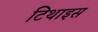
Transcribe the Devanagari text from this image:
टिथाइस